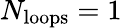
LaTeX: N_{\mathrm{loops}}=1